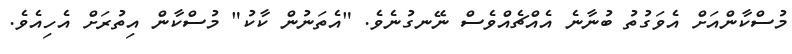
މުސްކާންއަށް އެވަގުތު ބުނާނެ އެއްޗެއްވެސް ނޭނގުނެވެ. "އެތަނުން ކާކު" މުސްކާން އިތުރަށް އެހިއެވެ.